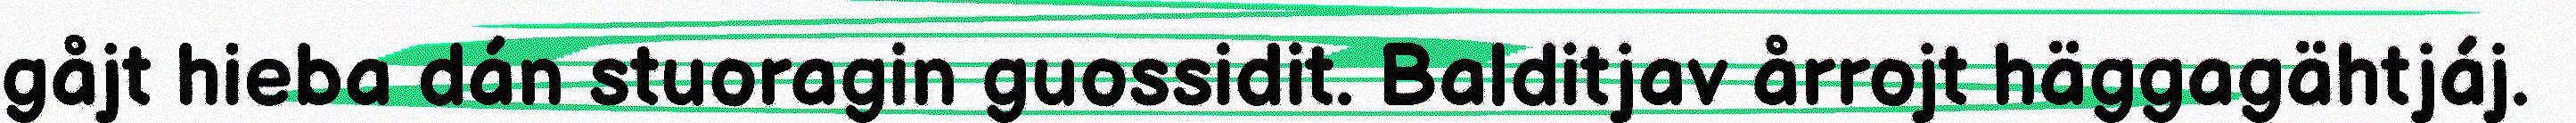
gåjt hieba dán stuoragin guossidit. Balditjav årrojt häggagähtjáj.